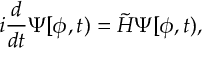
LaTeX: i \frac { d } { d t } \Psi [ \phi , t ) = \tilde { H } \Psi [ \phi , t ) ,